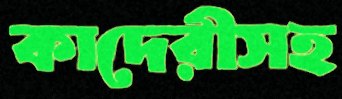
কাদেরীসহ